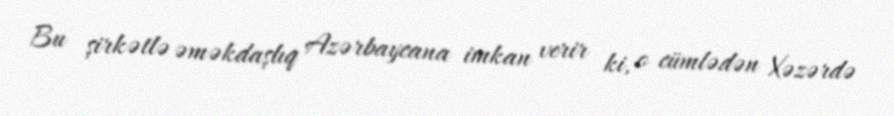
Bu şirkətlə əməkdaşlıq Azərbaycana imkan verir ki, o cümlədən Xəzərdə